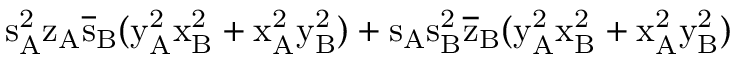
\mathrm { s _ { A } ^ { 2 } \mathrm { z _ { A } \mathrm { \overline { { s } } _ { B } ( \mathrm { y _ { A } ^ { 2 } \mathrm { x _ { B } ^ { 2 } + \mathrm { x _ { A } ^ { 2 } \mathrm { y _ { B } ^ { 2 } ) + \mathrm { s _ { A } \mathrm { s _ { B } ^ { 2 } \mathrm { \overline { { z } } _ { B } ( \mathrm { y _ { A } ^ { 2 } \mathrm { x _ { B } ^ { 2 } + \mathrm { x _ { A } ^ { 2 } \mathrm { y _ { B } ^ { 2 } ) } } } } } } } } } } } } } }